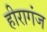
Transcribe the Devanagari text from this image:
हीरागंज